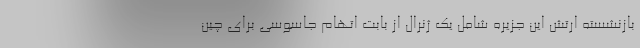
بازنشسته ارتش این جزیره شامل یک ژنرال از بابت اتهام جاسوسی برای چین